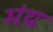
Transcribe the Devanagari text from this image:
मंथ्र